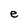
Character: e